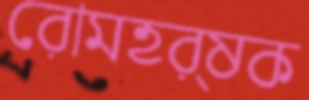
রোমহর্ষক